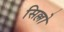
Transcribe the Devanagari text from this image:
सिल्लो